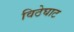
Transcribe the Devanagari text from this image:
विठेघाट